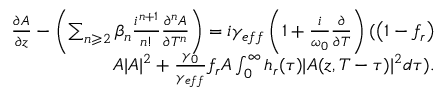
\begin{array} { r } { \frac { \partial A } { \partial z } - \left( \sum _ { n \geqslant 2 } \beta _ { n } \frac { i ^ { n + 1 } } { n ! } \frac { \partial ^ { n } A } { \partial T ^ { n } } \right) = i \gamma _ { e f f } \left( 1 + \frac { i } { \omega _ { 0 } } \frac { \partial } { \partial T } \right) ( \left( 1 - f _ { r } \right) } \\ { A | A | ^ { 2 } + \frac { \gamma _ { 0 } } { \gamma _ { e f f } } f _ { r } A \int _ { 0 } ^ { \infty } h _ { r } ( \tau ) | A ( z , T - \tau ) | ^ { 2 } d \tau ) . } \end{array}